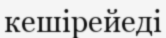
кешірейеді